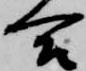
合